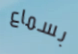
بسماع